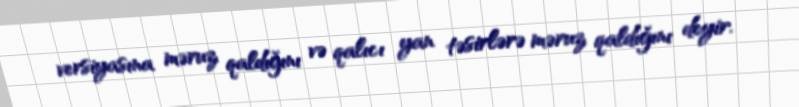
versiyasına məruz qaldığını və qalıcı yan təsirlərə məruz qaldığını deyir.